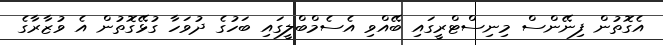
އެގޮތުން ފިނޭންސް މިނިސްޓްރީގައި ބޭއްވި އެސެމްބްލީގައި ބަހުގެ ދުވަހާ ގުޅޭގޮތުން އެ ވުޒާރާގެ